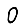
Digit: 0